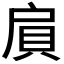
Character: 𲂩